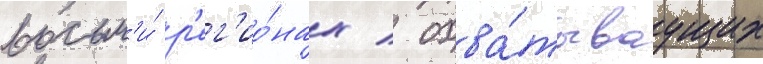
восьм'и́ р'ег'ио́нах / охва́тываущих